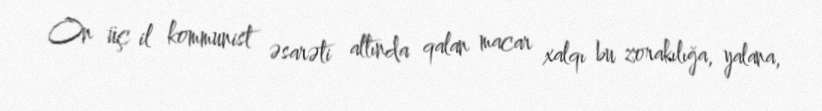
On üç il kommunist əsarəti altında qalan macar xalqı bu zorakılığa, yalana,